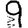
Digit: 9